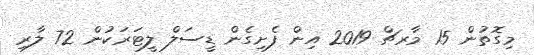
މިގޮތުން 15 މާރޗް 2019 އިން ފެށިގެން ޑީސަލް ލީޓަރަކުން 72 ލާރި